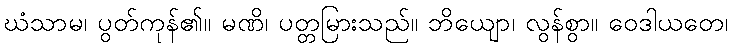
ဃံသာမ၊ ပွတ်ကုန်၏။ မဏိ၊ ပတ္တမြားသည်။ ဘိယျော၊ လွန်စွာ။ ဝေဒါယတေ၊